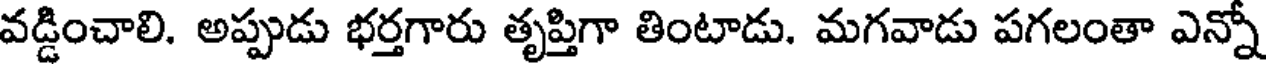
వడ్డించాలి. అప్పుడు భర్తగారు తృప్తిగా తింటాడు. మగవాడు పగలంతా ఎన్నో